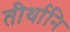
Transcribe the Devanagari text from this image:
तीर्थानि